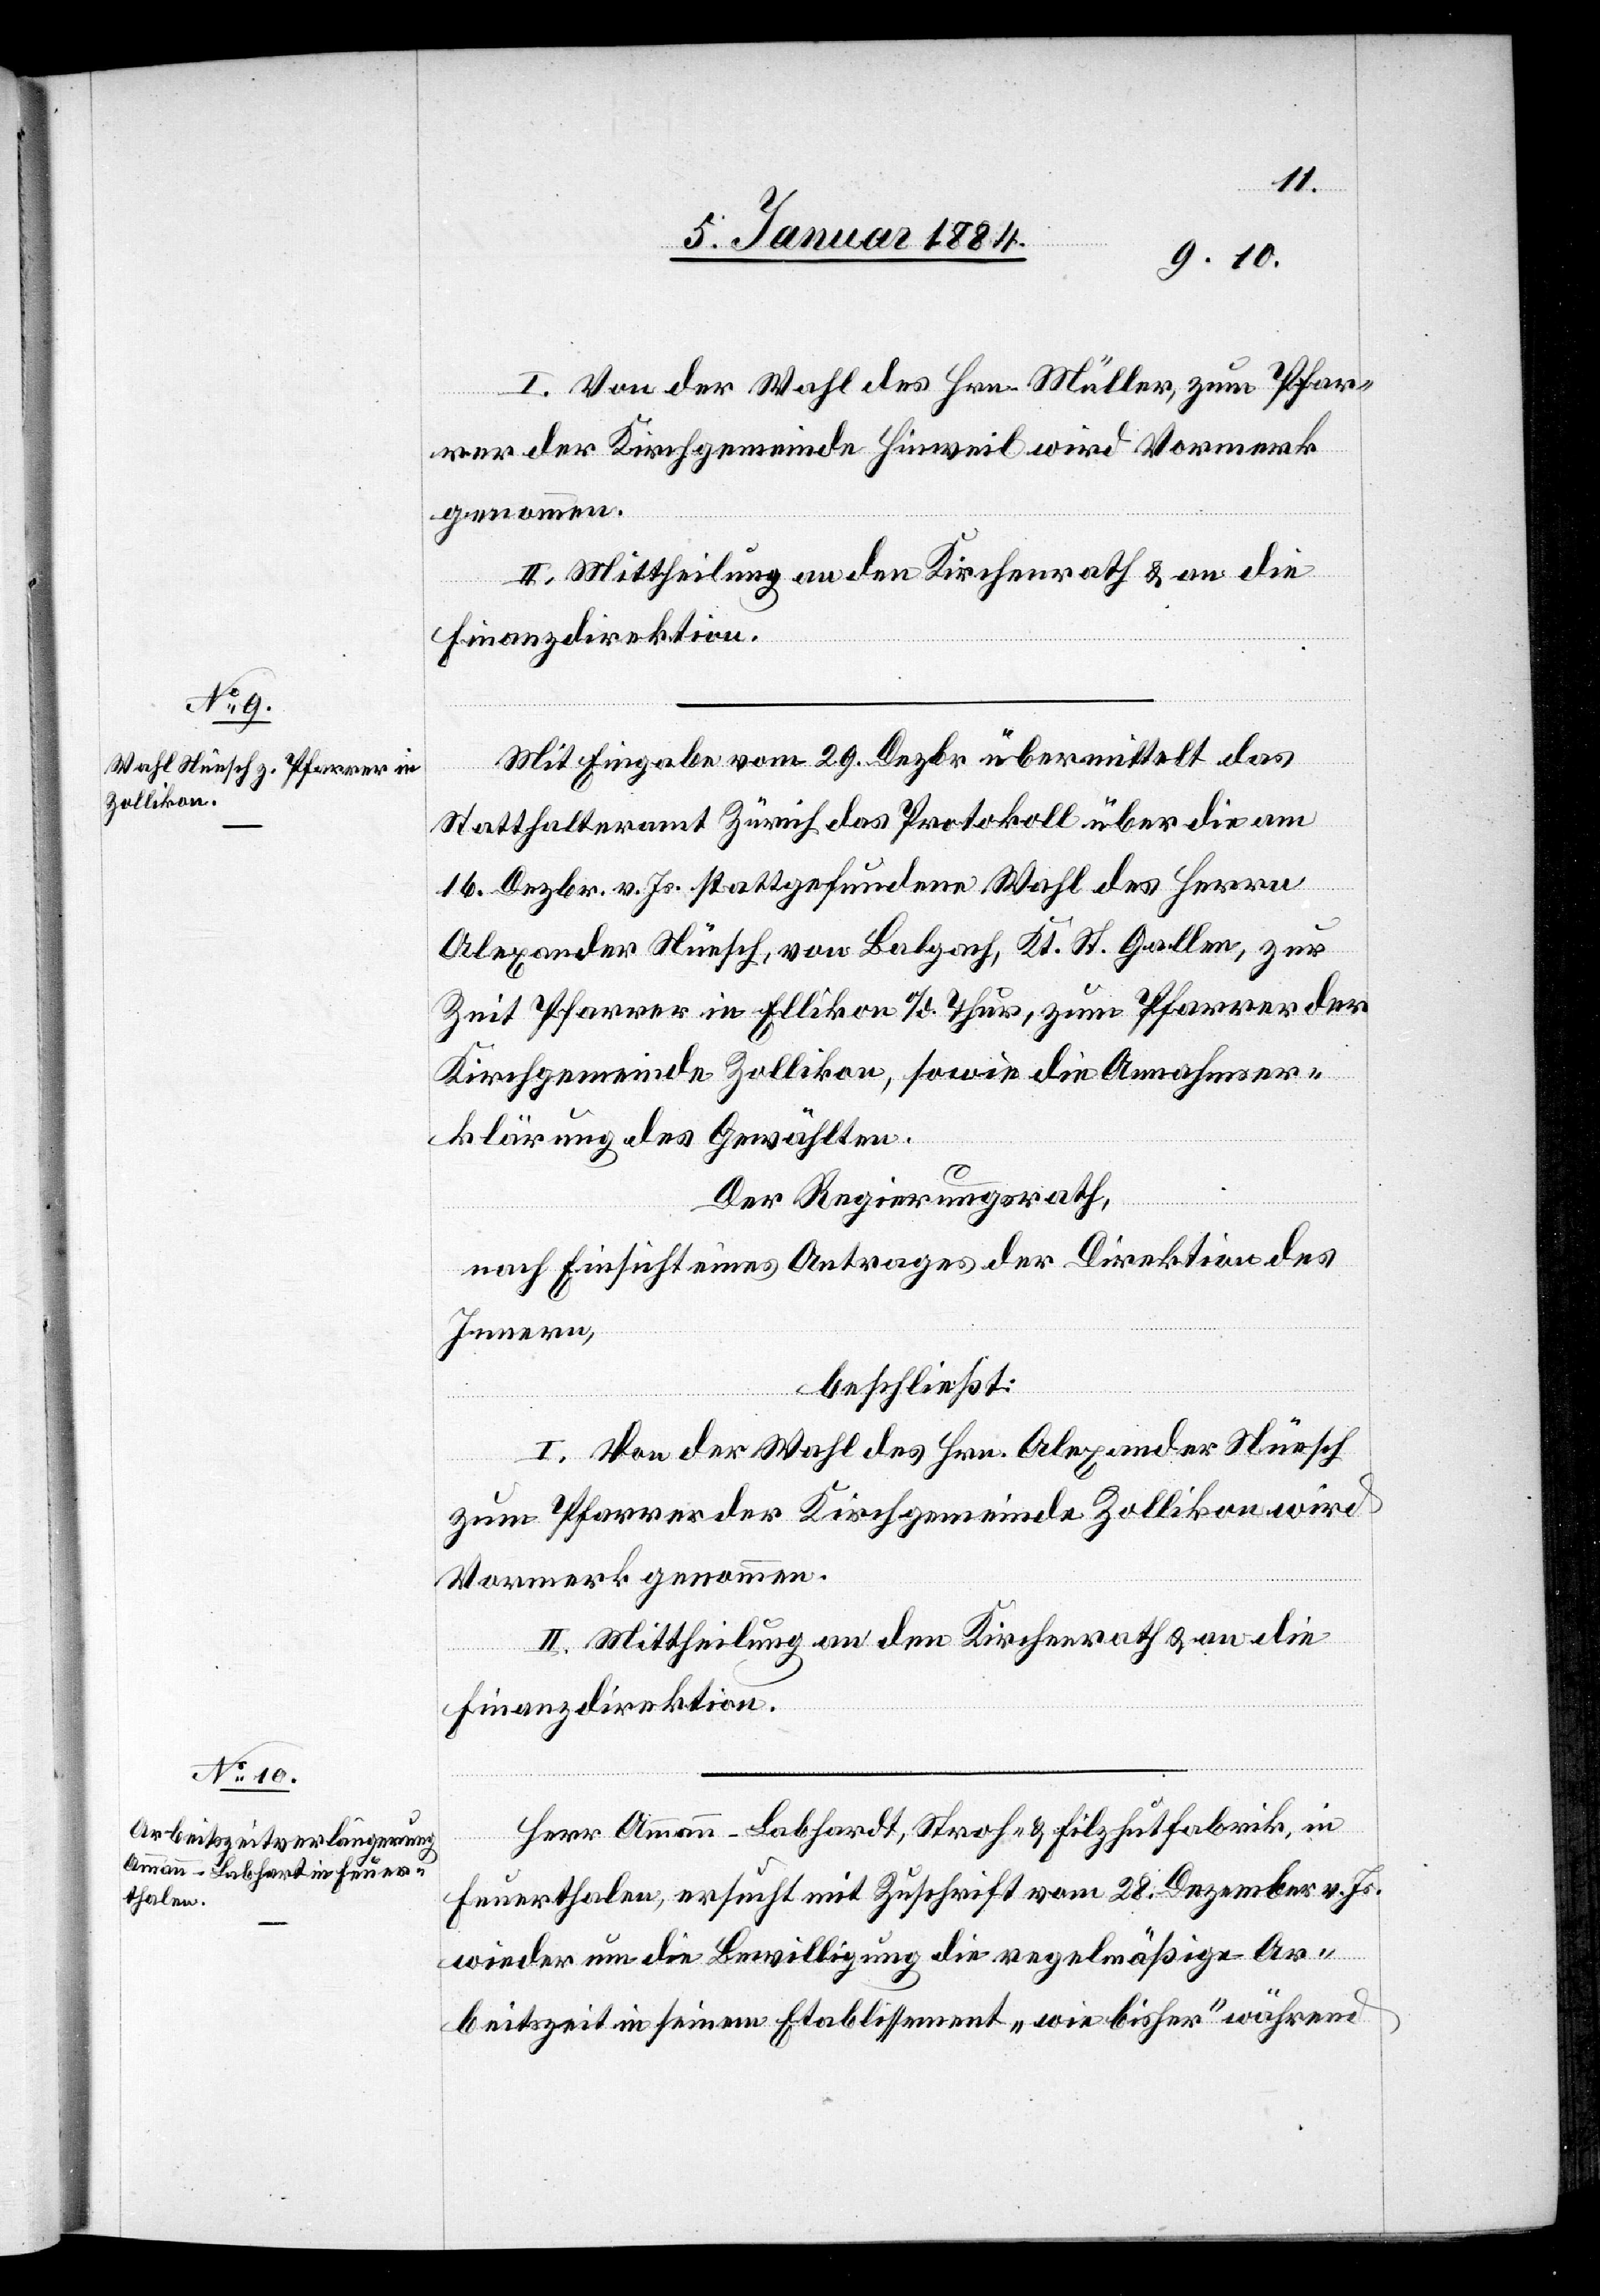
I. Von der Wahl des Hrn. Müller, zum Pfar¬
rer der Kirchgemeinde Hinweil wird Vormerk
genommen.
II. Mittheilung an den Kirchenrath & an die
Finanzdirektion.
Mit Eingabe vom 29. Dezbr. übermittelt das
Statthalteramt Zürich das Protokoll über die am
16. Dezbr. v. Js. stattgefundene Wahl des Herrn
Alexander Nüesch, von Balgach, Kt. St. Gallen, zur
Zeit Pfarrer in Ellikon a./d. Thur, zum Pfarrer der
Kirchgemeinde Zollikon, sowie die Annahmser¬
klärung des Gewählten.
Der Regierungsrath,
nach Einsicht eines Antrages der Direktion des
Innern,
beschließt:
I. Von der Wahl des Hrn. Alexander Nüesch
zum Pfarrer der Kirchgemeinde Zollikon wird
Vormerk genommen.
II. Mittheilung an den Kirchenrath & an die
Finanzdirektion.
Herr Amman-Labhardt, Stroh- & Filzhutfabrik, in
Feuerthalen, ersucht mit Zuschrift vom 28. Dezember v. Js.
wieder um die Bewilligung die regelmäßige Ar¬
beitszeit in seinem Etablissement „wie bisher“ während